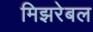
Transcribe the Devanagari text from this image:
मिझरेबल